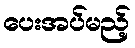
ပေးအပ်မည့်